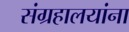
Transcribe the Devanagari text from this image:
संग्रहालयांना